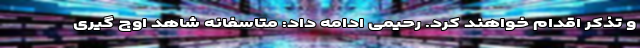
و تذکر اقدام خواهند کرد. رحیمی ادامه داد: متاسفانه شاهد اوج گیری